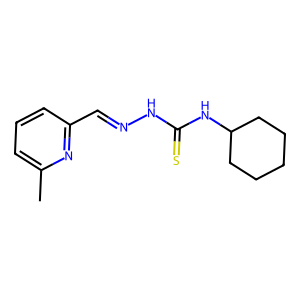
SMILES: Cc1cccc(C=NNC(=S)NC2CCCCC2)n1
Inhibits HIV replication: No